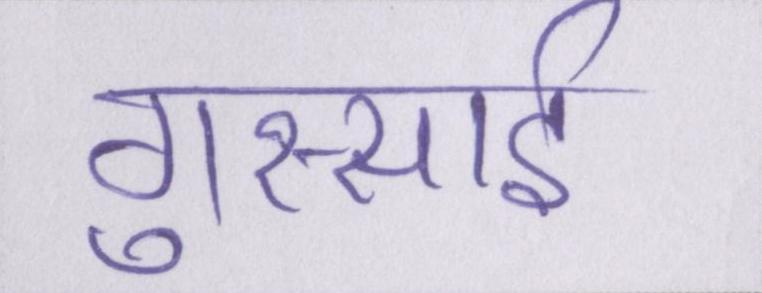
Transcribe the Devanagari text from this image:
गुस्साई